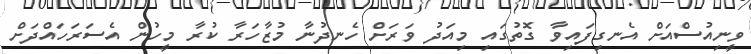
ވީނިއުސްއަށް އެނގިފައިވާ ގޮތުގައި މިއަދު ވަރަށް ހެނދުނާ މުޒާހަރާ ކުރާ މީހުން އެސަރަހައްދަށް